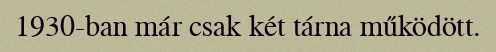
1930-ban már csak két tárna működött.